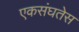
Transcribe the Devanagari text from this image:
एकसंघतेस